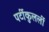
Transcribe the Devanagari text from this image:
पर्टीकुलर्ली